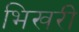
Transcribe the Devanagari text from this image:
भिखरी